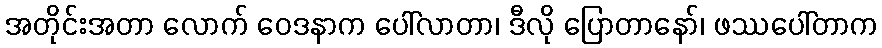
အတိုင်းအတာ လောက် ဝေဒနာက ပေါ်လာတာ၊ ဒီလို ပြောတာနော်၊ ဖဿပေါ်တာက